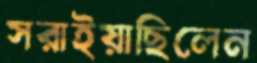
সরাইয়াছিলেন